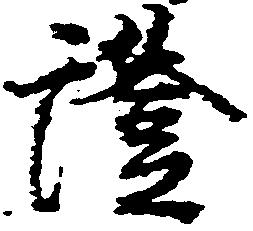
証